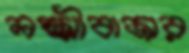
লক্ষ্মীবাজার